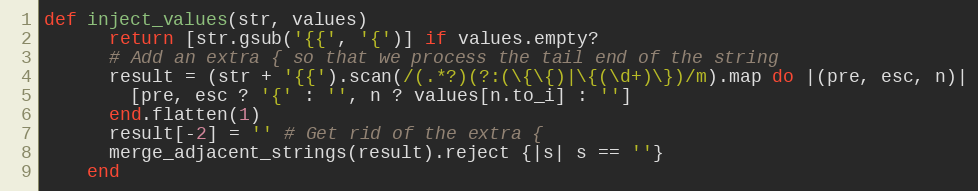
Language: Ruby
def inject_values(str, values)
      return [str.gsub('{{', '{')] if values.empty?
      # Add an extra { so that we process the tail end of the string
      result = (str + '{{').scan(/(.*?)(?:(\{\{)|\{(\d+)\})/m).map do |(pre, esc, n)|
        [pre, esc ? '{' : '', n ? values[n.to_i] : '']
      end.flatten(1)
      result[-2] = '' # Get rid of the extra {
      merge_adjacent_strings(result).reject {|s| s == ''}
    end